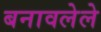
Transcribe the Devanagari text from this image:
बनावलेले